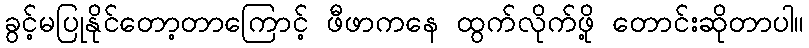
ခွင့်မပြုနိုင်တော့တာကြောင့် ဖီဖာကနေ ထွက်လိုက်ဖို့ တောင်းဆိုတာပါ။